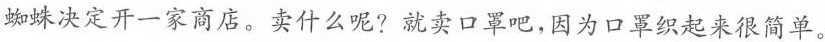
蜘蛛决定开一家商店。卖什么呢?就卖口罩吧，因为口罩织起来很简单。